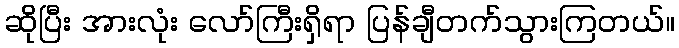
ဆိုပြီး အားလုံး လော်ကြီးရှိရာ ပြန်ချီတက်သွားကြတယ်။